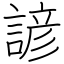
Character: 諺